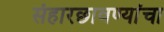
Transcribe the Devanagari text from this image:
संहारछावण्यांचा